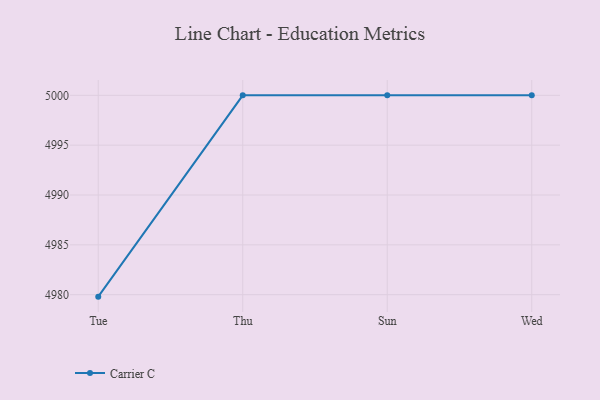
{"axis": {"x": "Day", "y": "Conversion Rate (%)"}, "legend": ["Carrier C"], "data": [{"x": "Tue", "y": 4979.8, "type": "Carrier C"}, {"x": "Thu", "y": 5000, "type": "Carrier C"}, {"x": "Sun", "y": 5000, "type": "Carrier C"}, {"x": "Wed", "y": 5000, "type": "Carrier C"}]}